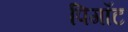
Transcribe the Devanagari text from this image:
पिगॉट